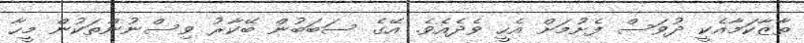
ތާޒާކަމާއެކީ ދުވަސް ފެށުމަށް އެހީ ވެދެއެވެ. އޭގެ ސަބަބުން ބޭކާރު ވިސްނުންތަކުން މީހާ